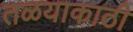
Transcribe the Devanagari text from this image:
तळयाकाठी